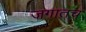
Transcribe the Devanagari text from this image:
जगातच